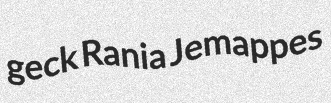
geck Rania Jemappes